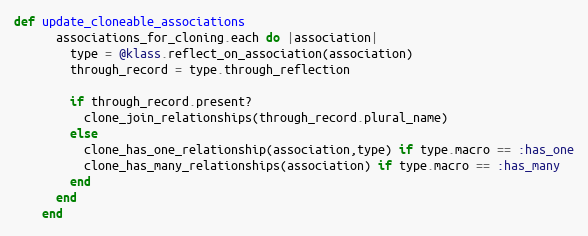
Language: Ruby
def update_cloneable_associations
      associations_for_cloning.each do |association|
        type = @klass.reflect_on_association(association)
        through_record = type.through_reflection

        if through_record.present?
          clone_join_relationships(through_record.plural_name)
        else
          clone_has_one_relationship(association,type) if type.macro == :has_one
          clone_has_many_relationships(association) if type.macro == :has_many
        end
      end
    end